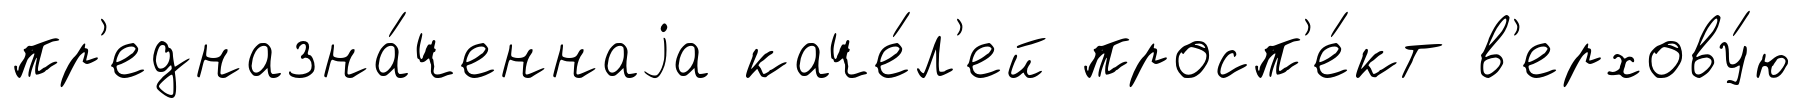
пр'едназна́ченнаjа каче́л'ей просп'е́кт в'ерхову́ю